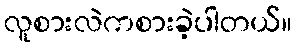
လူစားလဲကစားခဲ့ပါတယ်။